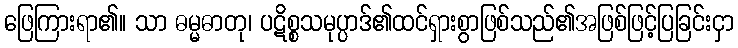
ဖြေကြားရာ၏။ သာ ဓမ္မဓာတု၊ ပဋိစ္စသမုပ္ပာဒ်၏ထင်ရှားစွာဖြစ်သည်၏အဖြစ်ဖြင့်ပြခြင်းငှာ